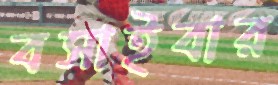
বসাইবার